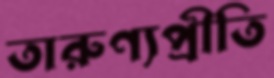
তারুণ্যপ্রীতি